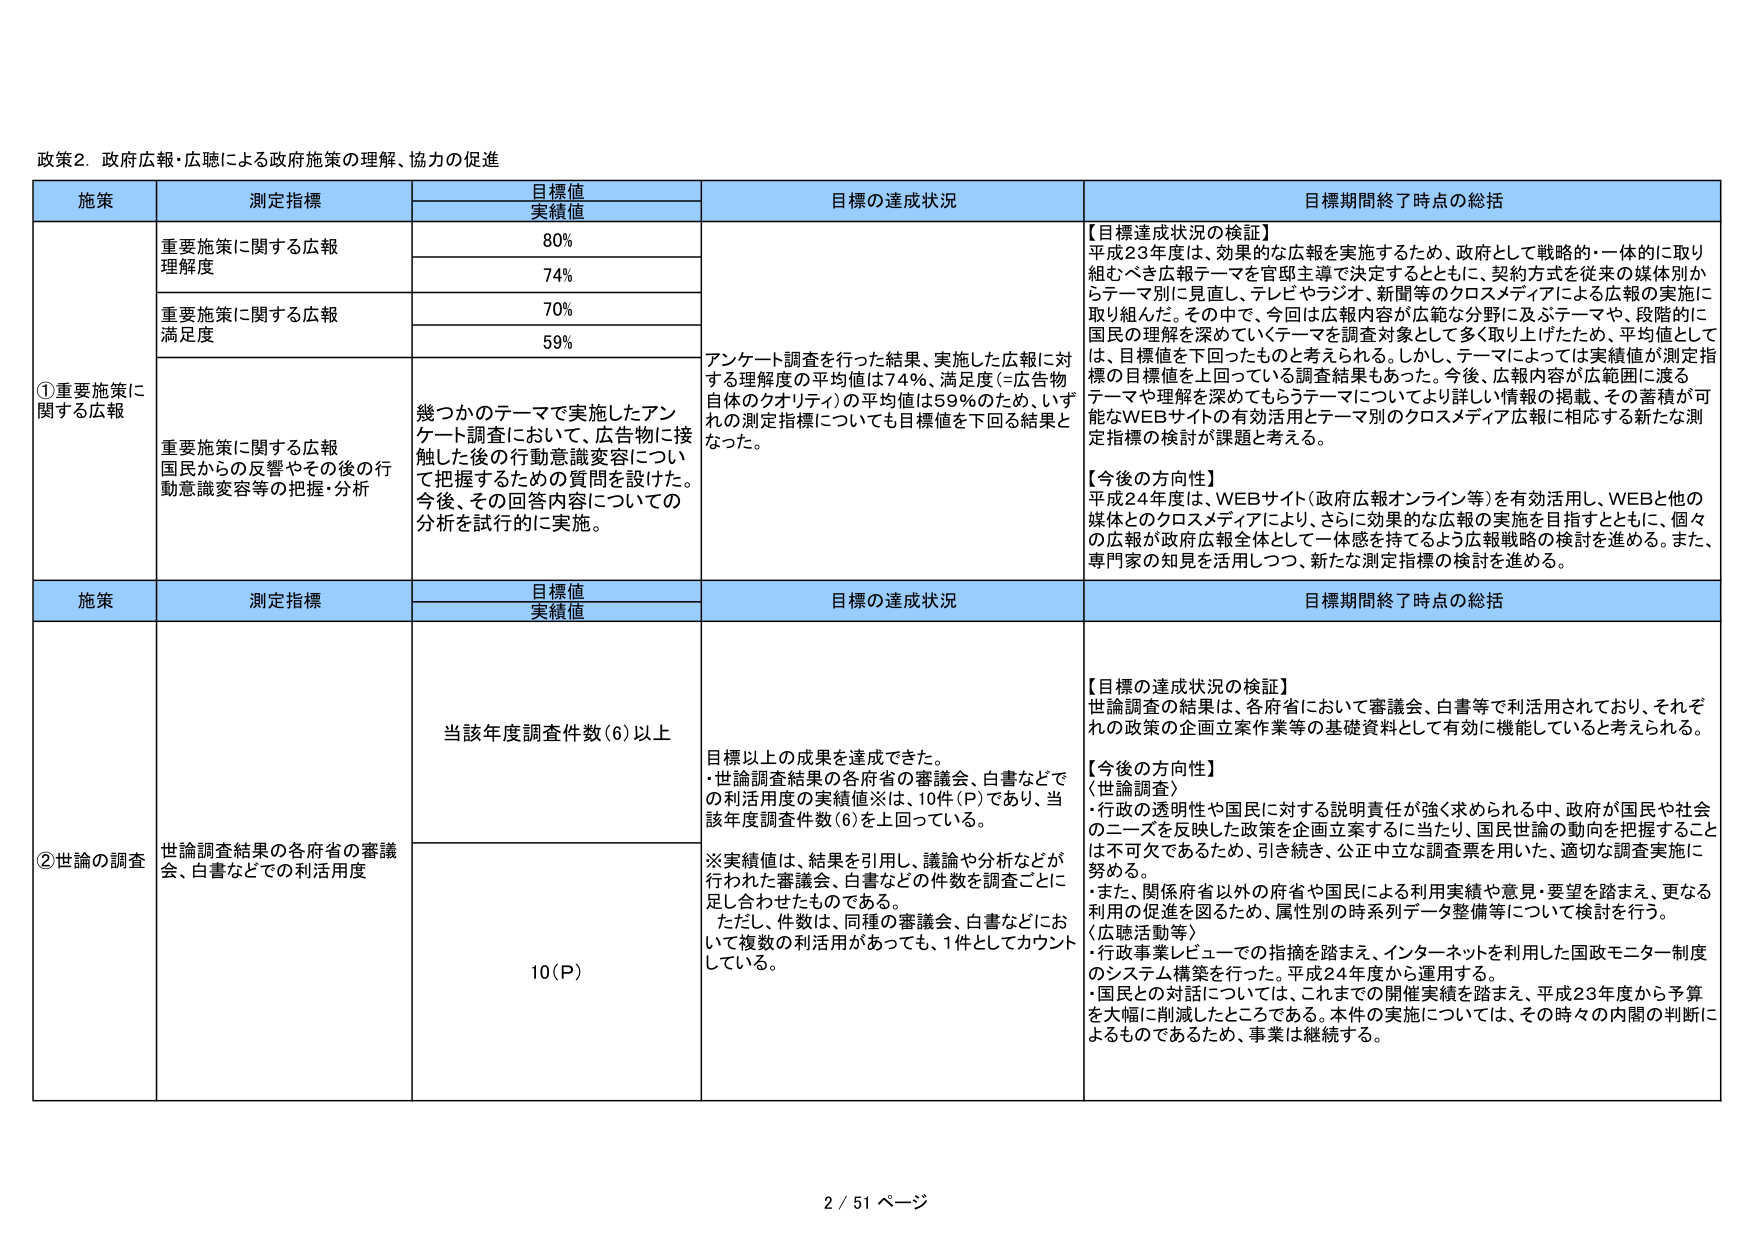
政策2. 政府広報・広聴による政府施策の理解、協力の促進

施策 測定指標 目標値 実績値 目標の達成状況 目標期間終了時点の総括

①重要施策に関する広報 重要施策に関する広報 理解度 80% 74% アンケート調査を行った結果、実施した広報に対する理解度の平均値は74%、満足度(=広告物自体のクオリティ)の平均値は59%のため、いずれの測定指標についても目標値を下回る結果となった。 【目標達成状況の検証】 平成23年度は、効果的な広報を実施するため、政府として戦略的・一体的に取り組むべき広報テーマを官邸主導で決定するとともに、契約方式を従来の媒体別からテーマ別に見直し、テレビやラジオ、新聞等のクロスメディアによる広報の実施に取り組んだ。その中で、今回は広報内容が広範な分野に及ぶテーマや、段階的に国民の理解を深めていくテーマを調査対象として多く取り上げたため、平均値としては、目標値を下回ったものと考えられる。しかし、テーマによっては実績値が測定指標の目標値を上回っている調査結果もあった。今後、広報内容が広範囲に渡るテーマや理解を深めてもらうテーマについてより詳しい情報の掲載、その蓄積が可能なWEBサイトの有効活用とテーマ別のクロスメディア広報に相応する新たな測定指標の検討が課題と考える。 【今後の方向性】 平成24年度は、WEBサイト(政府広報オンライン等)を有効活用し、WEBと他の媒体とのクロスメディアにより、さらに効果的な広報の実施を目指すとともに、個々の広報が政府広報全体として一体感を持てるよう広報戦略の検討を進める。また、専門家の知見を活用しつつ、新たな測定指標の検討を進める。

重要施策に関する広報 満足度 70% 59%

重要施策に関する広報 国民からの反響やその後の行動意識変容等の把握・分析 幾つかのテーマで実施したアンケート調査において、広告物に接触した後の行動意識変容について把握のための質問を設けた。今後、その回答内容についての分析を試行的に実施。

施策 測定指標 目標値 実績値 目標の達成状況 目標期間終了時点の総括

②世論の調査 世論調査結果の各府省の審議会、白書などでの利活用度 当該年度調査件数(6)以上 目標以上の成果を達成できた。 ・世論調査結果の各府省の審議会、白書などでの利活用度の実績値※は、10件(P)であり、当該年度調査件数(6)を上回っている。 ※実績値は、結果を引用し、議論や分析などが行われた審議会、白書などの件数を調査ごとに足し合わせたものである。 ただし、件数は、同種の審議会、白書などにおいて複数の利活用があっても、1件としてカウントしている。 【目標の達成状況の検証】 世論調査の結果は、各府省において審議会、白書等で利活用されており、それぞれの政策の企画立案作業等の基礎資料として有効に機能していると考えられる。 【今後の方向性】 〈世論調査〉 ・行政の透明性や国民に対する説明責任が強く求められる中、政府が国民や社会のニーズを反映した政策を企画立案するに当たり、国民世論の動向を把握することは不可欠であるため、引き続き、公正中立な調査票を用い、適切な調査実施に努める。 ・また、関係府省以外の府省や国民による利用実績や意見・要望を踏まえ、更なる利用の促進を図るため、属性別の時系列データ整備等について検討を行う。 〈広聴活動等〉 ・行政事業レビューでの指摘を踏まえ、インターネットを利用した国政モニター制度のシステム構築を行った。平成24年度から運用する。 ・国民との対話については、これまでの開催実績を踏まえ、平成23年度から予算を大幅に削減したところである。本件の実施については、その時々の内閣の判断によるものであるため、事業は継続する。

10(P)

2 / 51 ページ